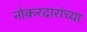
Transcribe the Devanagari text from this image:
नोकरदारांच्या